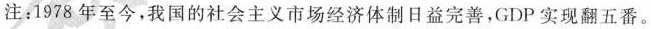
注：1978年至今，我国的社会主义市场经济体制日益完善，GDP实现翻五番。